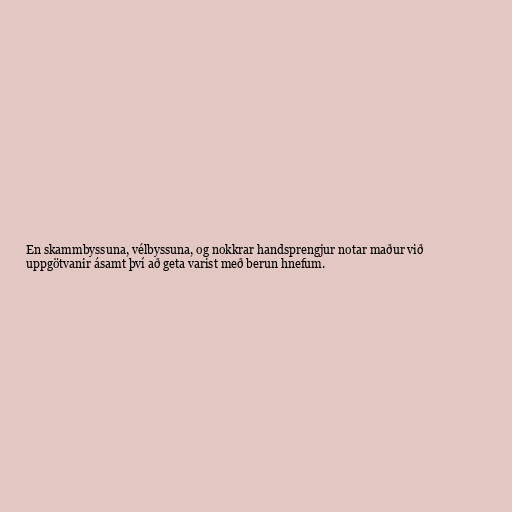
En skammbyssuna, vélbyssuna, og nokkrar handsprengjur notar maður við
uppgötvanir ásamt því að geta varist með berun hnefum.